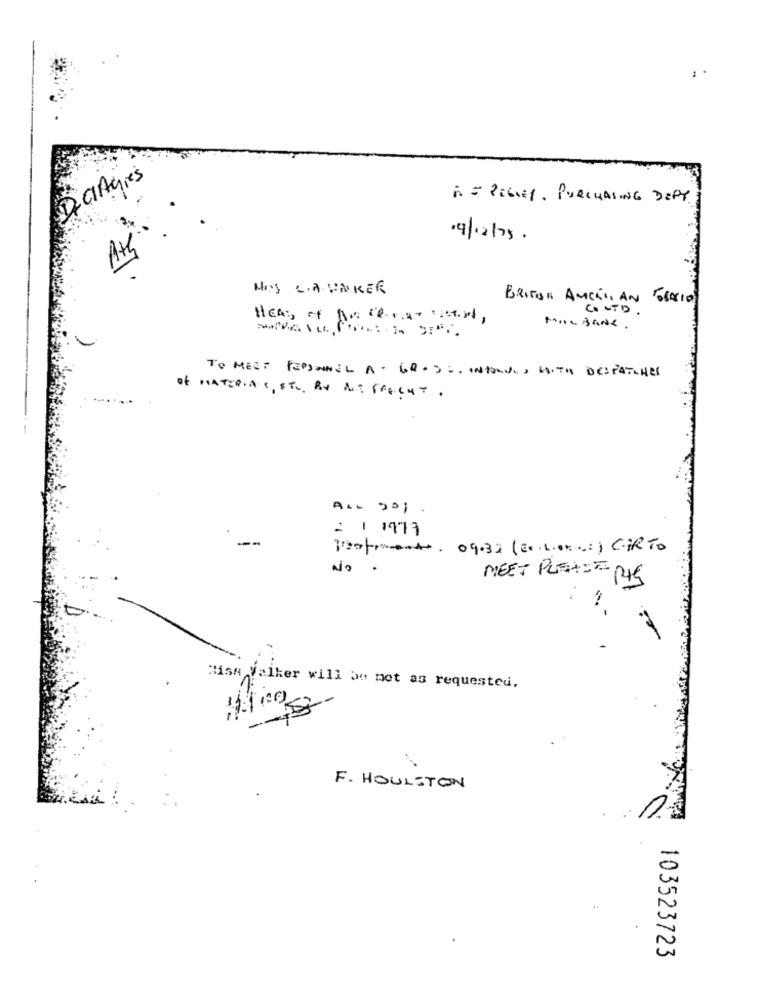
De GAgies
A = PIGLET. PURCHASING DEPT.
19/12/73.
HIS C.A.UNKER
BRITISH AMERICAN BRACIO
COLTD .
HEAD of no Cera- cost,
MIL BANK.
TO MEET PERSONNEL A. GROS :. INTORNO, WITH DESPATCHES
Of MATERIA (, ETC. BY AT PRACHT .
ALL 90 ;.
2 1 1977
Jestem. 09.32 (Ex. L.ex .: ) CARTO
No.
MEET PLEASE
Miss Valker will be net as requested.
100
F. HOULSTON
103523723